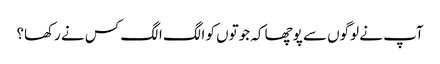
آپ نے لوگوں سے پوچھا کہ جوتوں کو الگ الگ کس نے رکھا؟